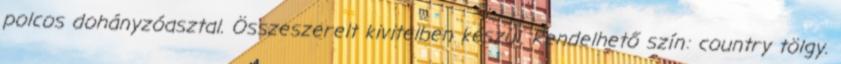
polcos dohányzóasztal. Összeszerelt kivitelben készül. Rendelhető szín: country tölgy.